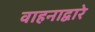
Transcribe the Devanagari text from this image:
वाहनाद्वारे